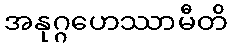
အနုဂ္ဂဟေဿာမီတိ